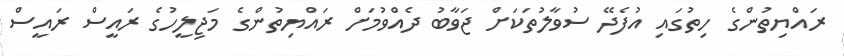
ރައްޔިތުންގެ ހިތުގައި އުފެދޭ ސުވާލުތަކަށް ޖަވާބު ދެއްވުމަށް ރައްޔިތުންގެ މަޖިލީހުގެ ރައީސް ރައީސް